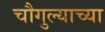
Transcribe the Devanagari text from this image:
चौगुल्याच्या